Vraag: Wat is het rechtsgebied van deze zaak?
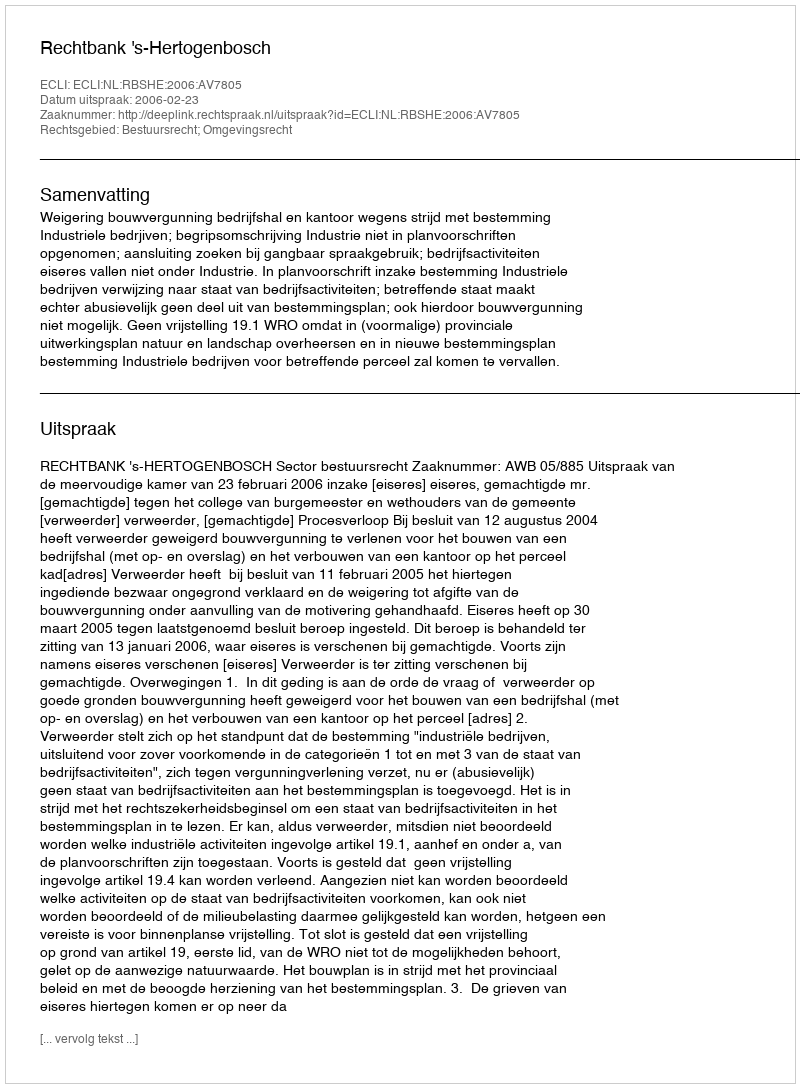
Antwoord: Bestuursrecht; Omgevingsrecht